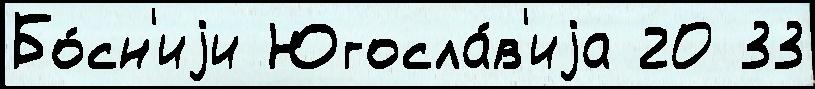
Бо́сн'иjи Югосла́в'иjа 20 33